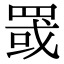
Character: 罭